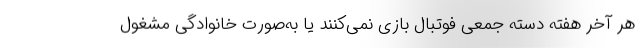
هر آخر هفته دسته جمعی فوتبال بازی نمی‌کنند یا به‌صورت خانوادگی مشغول